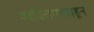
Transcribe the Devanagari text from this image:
व्यक्तिमत्त्वाहून